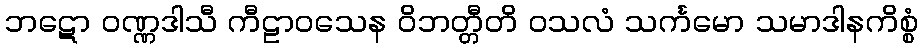
ဘဋော ဝဏ္ဏဒါသီ ကီဠာဝသေန ဝိဘတ္တီတိ ဝသလံ သင်္ကမော သမာဒါနကိစ္စံ